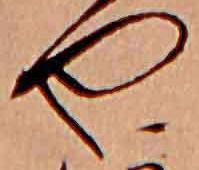
や